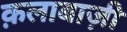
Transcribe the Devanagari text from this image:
क़लाबाज़ी